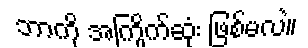
ဘာကို အကြိုက်ဆုံး ဖြစ်မလဲ။